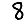
Digit: 8